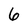
Character: 6